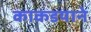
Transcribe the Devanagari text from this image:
काकडयाने